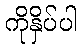
ကိုနှိပ်ပါ